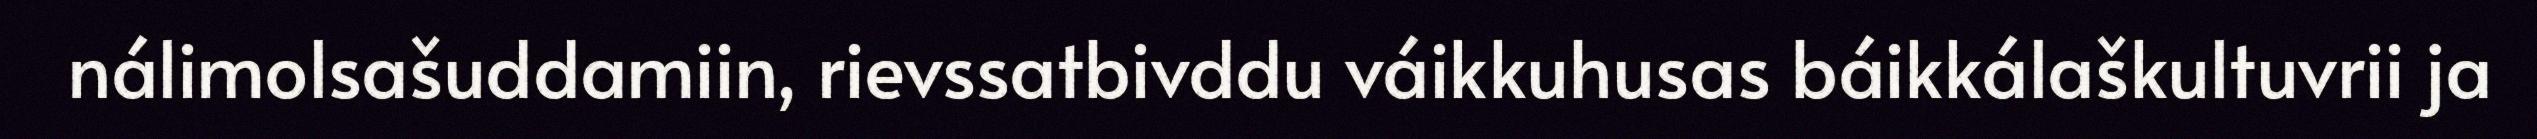
nálimolsašuddamiin, rievssatbivddu váikkuhusas báikkálaškultuvrii ja